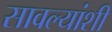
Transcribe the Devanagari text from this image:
सावल्यांशी